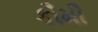
કૌમી